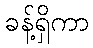
ခန့်ရှိကာ